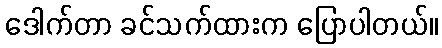
ဒေါက်တာ ခင်သက်ထားက ပြောပါတယ်။